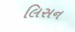
લિસન